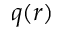
q ( r )